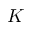
\boldsymbol { K }